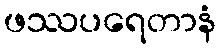
ဖဿပရေတာနံ